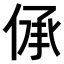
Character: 𠉹